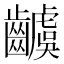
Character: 𮯗